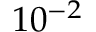
1 0 ^ { - 2 }